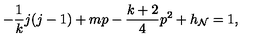
- \frac { 1 } { k } j ( j - 1 ) + m p - \frac { k + 2 } { 4 } p ^ { 2 } + h _ { \cal N } = 1 ,